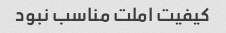
کیفیت املت مناسب نبود